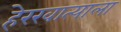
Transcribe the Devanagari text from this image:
हेरखात्याला